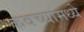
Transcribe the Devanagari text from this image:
कवच्यामध्ये